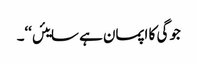
جوگی کا اپمان ہے سایئں‘‘۔